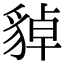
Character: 𧳝